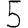
Digit: 5